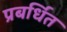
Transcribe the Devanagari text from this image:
प्रबर्धित